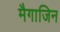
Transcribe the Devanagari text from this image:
मैगाजिन